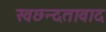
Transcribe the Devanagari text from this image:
स्वछन्दतावाद